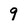
Character: 9